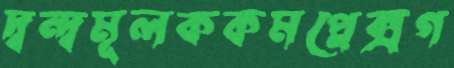
দ্বন্দ্বমূলককমপ্লেক্সগ